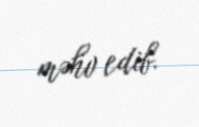
məhv edib.